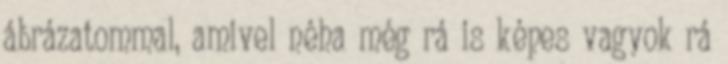
ábrázatommal, amivel néha még rá is képes vagyok rá